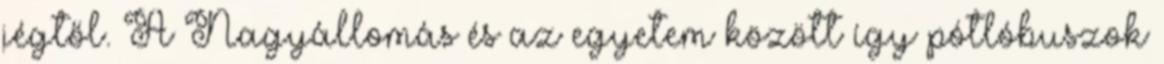
jégtől. A Nagyállomás és az egyetem között így pótlóbuszok